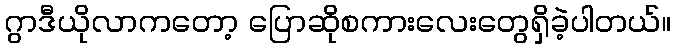
ဂွာဒီယိုလာကတော့ ပြောဆိုစကားလေးတွေရှိခဲ့ပါတယ်။